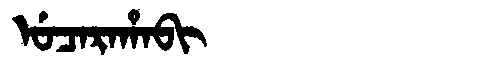
Manchu: ᡠᠴᠠᡵᠠᡥᠠᠪᡳ
Romanization: UCARAHABI